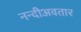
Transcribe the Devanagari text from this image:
नन्दीअवतार